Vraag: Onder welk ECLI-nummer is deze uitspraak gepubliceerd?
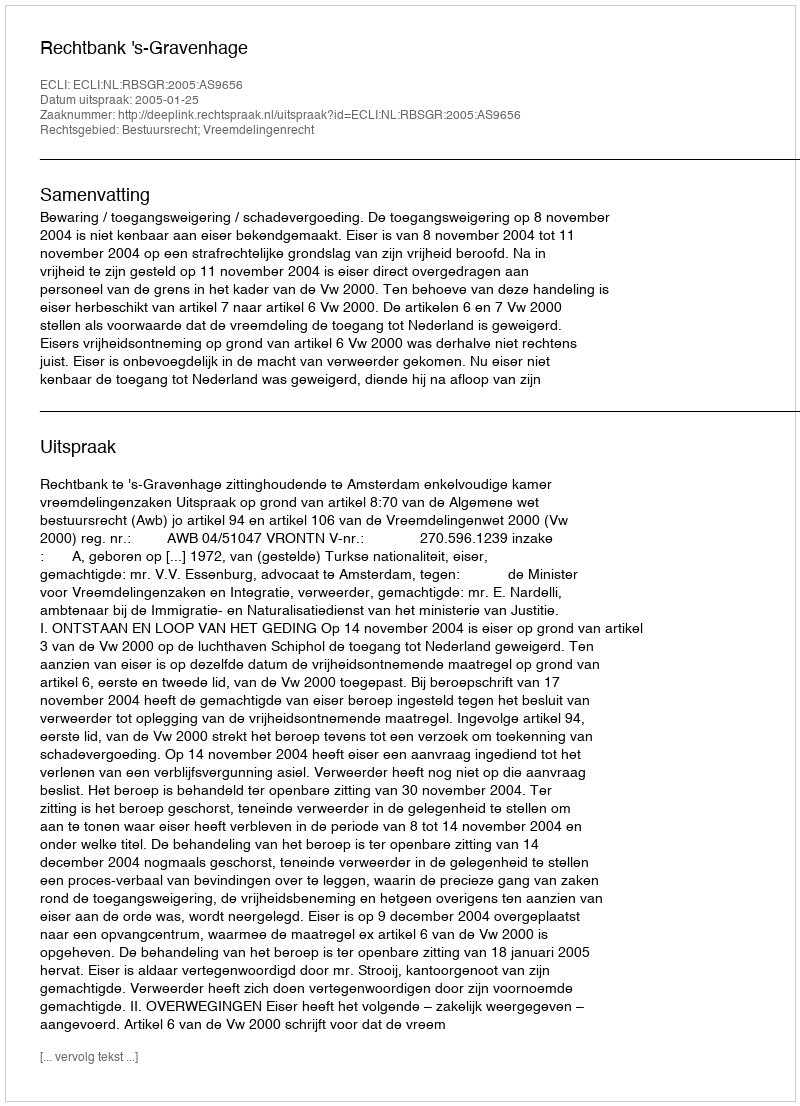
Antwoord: ECLI:NL:RBSGR:2005:AS9656